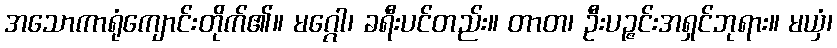
အသောကာရုံကျောင်းတိုက်၏။ မဂ္ဂေါ၊ ခရီးပင်တည်း။ တာတ၊ ဦးပဉ္ဇင်းအရှင်ဘုရား။ မယှံ၊